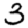
Digit: 3